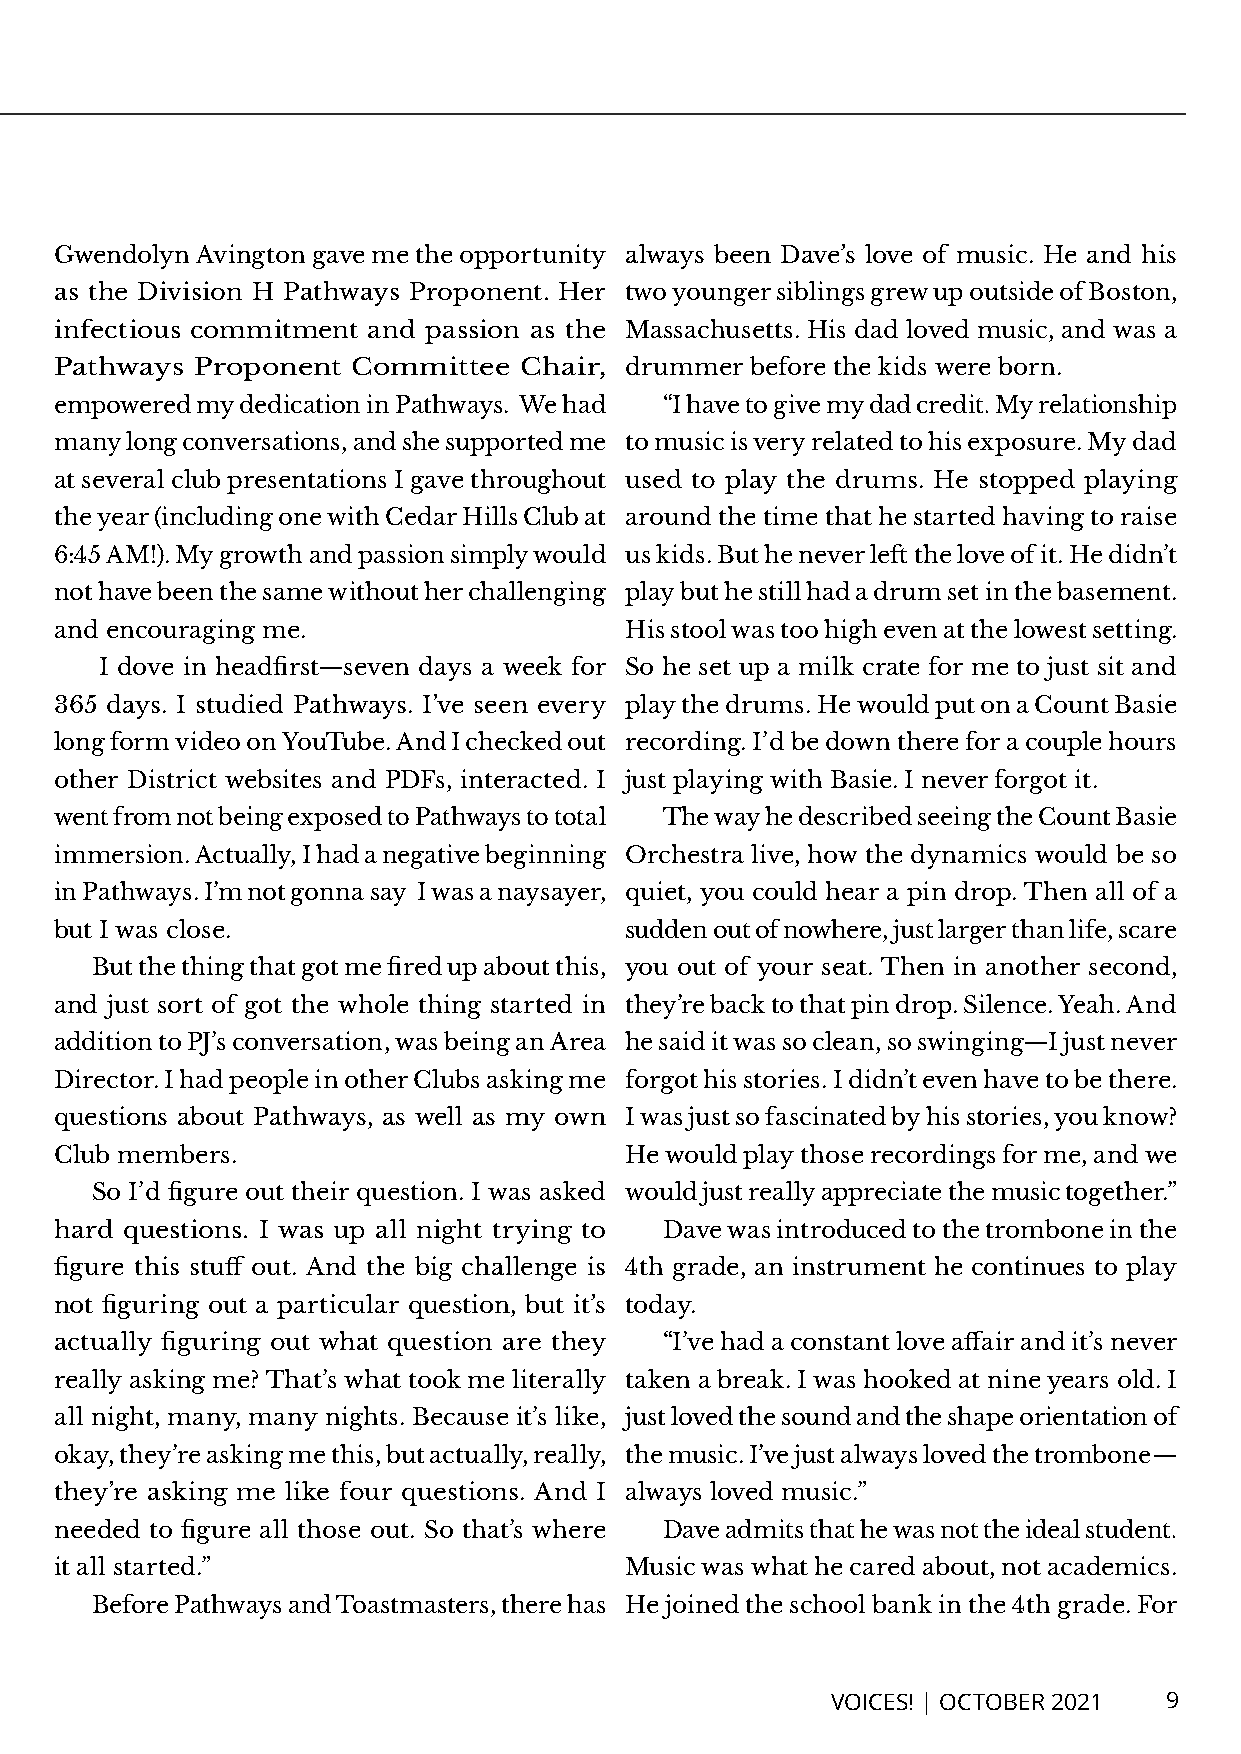
Gwendolyn Avington gave me the opportunity always been Dave’s love of music. He and his
 as the Division H Pathways Proponent. Her two younger siblings grew up outside of Boston,
 infectious commitment and passion as the Massachusetts. His dad loved music, and was a
 Pathways Proponent Committee  Chair, drummer  before the kids were born.
 empowered my dedication in Pathways. We had “I have to give my dad credit. My relationship
 many long conversations, and she supported me to music is very related to his exposure. My dad
 at several club presentations I gave throughout used to play the drums. He stopped playing
 the year (including one with Cedar Hills Club at around the time that he started having to raise
 6:45 AM!). My growth and passion simply would us kids. But he never left the love of it. He didn’t
 not have been the same without her challenging play but he still had a drum set in the basement.
 and encouraging me.                  His stool was too high even at the lowest setting.
 I dove in headfirst—seven days a week for So he set up a milk crate for me to just sit and
 365 days. I studied Pathways. I’ve seen every play the drums. He would put on a Count Basie
 long form video on YouTube. And I checked out recording. I’d be down there for a couple hours
 other District websites and PDFs, interacted. I just playing with Basie. I never forgot it.
 went from not being exposed to Pathways to total The way he described seeing the Count Basie
 immersion. Actually, I had a negative beginning Orchestra live, how the dynamics would be so
 in Pathways. I’m not gonna say I was a naysayer, quiet, you could hear a pin drop. Then all of a
 but I was close.                     sudden out of nowhere, just larger than life, scare
 But the thing that got me fired up about this, you out of your seat. Then in another second,
 and just sort of got the whole thing started in they’re back to that pin drop. Silence. Yeah. And
 addition to PJ’s conversation, was being an Area he said it was so clean, so swinging—I just never
 Director. I had people in other Clubs asking me forgot his stories. I didn’t even have to be there.
 questions about Pathways, as well as my own I was just so fascinated by his stories, you know?
 Club members.                        He would play those recordings for me, and we
 So I’d figure out their question. I was asked would just really appreciate the music together.”
 hard questions. I was up all night trying to Dave was introduced to the trombone in the
 figure this stuff out. And the big challenge is 4th grade, an instrument he continues to play
 not figuring out a particular question, but it’s today.
 actually figuring out what question are they “I’ve had a constant love affair and it’s never
 really asking me? That’s what took me literally taken a break. I was hooked at nine years old. I
 all night, many, many nights. Because it’s like, just loved the sound and the shape orientation of
 okay, they’re asking me this, but actually, really, the music. I’ve just always loved the trombone—
 they’re asking me like four questions. And I always loved music.”
 needed to figure all those out. So that’s where Dave admits that he was not the ideal student.
 it all started.”                     Music was what he cared about, not academics.
 Before Pathways and Toastmasters, there has He joined the school bank in the 4th grade. For
 VOICES! | OCTOBER 2021 9